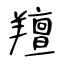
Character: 羶